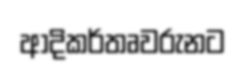
ආදිකර්තෘවරුනට